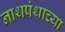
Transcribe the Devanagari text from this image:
नाथपंथाच्या